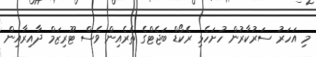
މި އަހަރު ސަރުކާރުން ހުށަހެޅި ރެކޯޑް ބަޖެޓްގެ ތެރެއިން ވެސް ޓޫރިޒަމް ދާއިރާއިން